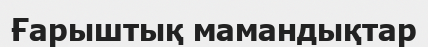
Ғарыштық мамандықтар